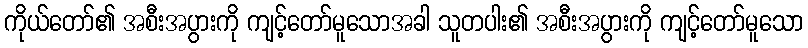
ကိုယ်တော်၏ အစီးအပွားကို ကျင့်တော်မူသောအခါ သူတပါး၏ အစီးအပွားကို ကျင့်တော်မူသော